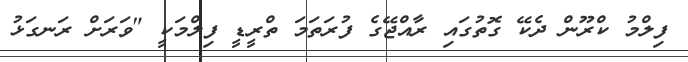
ފިލްމު ކްރޫން ދެކޭ ގޮތުގައި ރާއްޖޭގެ ފުރަތަމަ ތްރީޑީ ފިލްމަކީ "ވަރަށް ރަނގަޅު